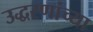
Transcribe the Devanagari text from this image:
उद्धरणांच्या